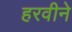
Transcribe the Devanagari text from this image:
हरवीने